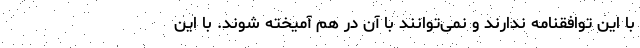
با این توافقنامه ندارند و نمی‌توانند با آن در هم آمیخته شوند. با این